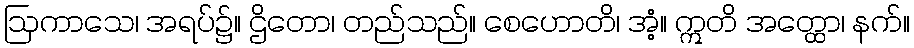
ဩကာသေ၊ အရပ်၌။ ဌိတော၊ တည်သည်။ စေဟောတိ၊ အံ့။ ဣတိ အတ္ထော၊ နက်။